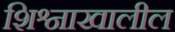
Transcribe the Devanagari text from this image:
शिश्नाखालील